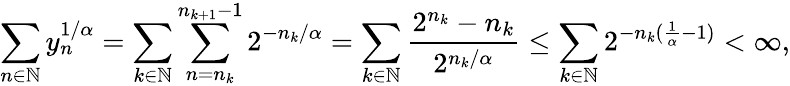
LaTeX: \sum_{n\in{\mathbb{N}}}y_{n}^{1/\alpha}=\sum_{k\in{\mathbb{N}}}\sum_{n=n_{k}}^{n_{k+1}-1}2^{-n_{k}/\alpha}=\sum_{k\in{\mathbb{N}}}\frac{2^{n_{k}}-n_{k}}{2^{n_{k}/\alpha}}\leq\sum_{k\in{\mathbb{N}}}2^{-n_{k}(\frac{1}{\alpha}-1)}<\infty,